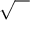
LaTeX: \sqrt { { ~ ^ { ~ } } ^ { ~ } \! \! }